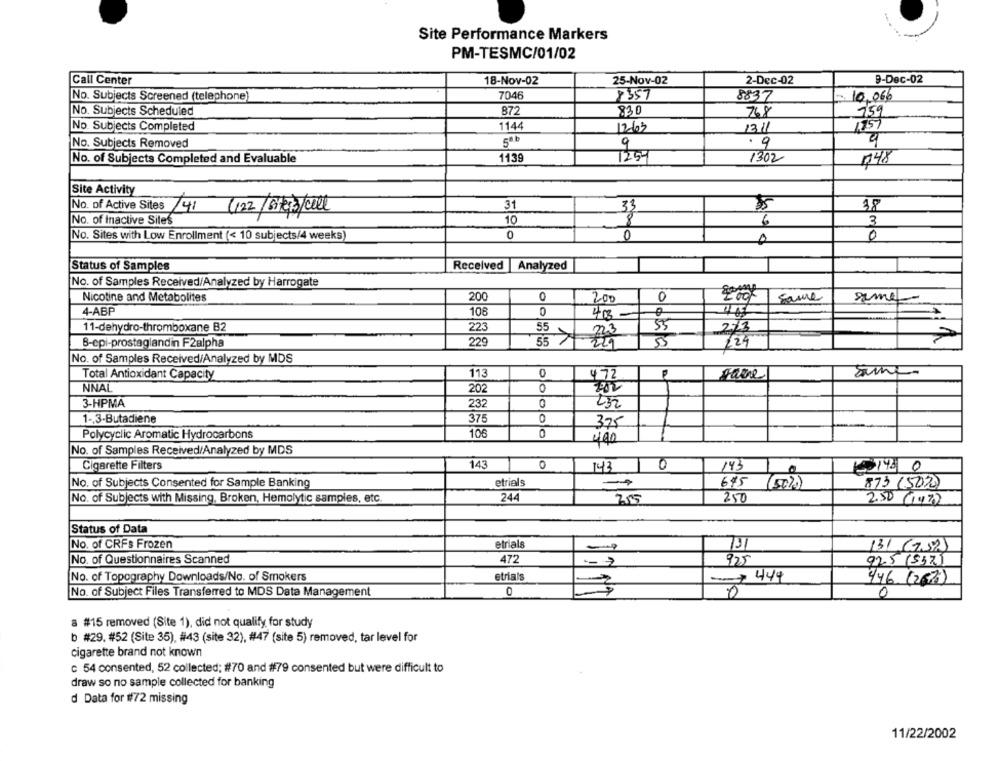
Site Performance Markers
PM-TESMC/01/02
Call Center
18-Nov-02
25-Nov-02
2-Dec-02
9-Dec-02
No. Subjects Screened (telephone)
7046
8357
8837
10.066
No. Subjects Scheduled
872
830
768
159
No. Subjects Completed
1144
1263
1311
No. Subjects Removed
5ª*
9
. 9
No. of Subjects Completed and Evaluable
1139
125-
1302
748
Site Activity
31
33
38
No. of Inactive Siles
10
3
6
No. Sites with Low Enrollment (< 10 subjects/4 weeks
0
0
0
Status of Samples
Received Analyzed
No. of Samples Received/Analyzed by Harrogate
Nicotine and Metabolites
200
0
0
Sauce
200
seme
4-ABP
108
0
40-
11-dehydro-thromboxane B2
223
55
55
223
2/3
B-epi-prostaglandin F2alpha
229
55
7-229
224
No. of Samples Received/Analyzed by MDS
113
0
Total Antioxidant Capacity
472
pare
NNAL
0
202
3-HPMA
0
232
1-3-Butadiene
375
0
375
Polycyclic Aromatic Hydrocarbons
105
0
400
No. of Samples Received/Analyzed by MDS
143
Cigarette Filters
143
10
143
No. of Subjects Consented for Sample Banking
etrials
-
615 (50%)
873 (5020)
No. of Subjects with Missing, Broken, Hemolytic samples, etc.
244
255
250
250 (1472
Status of Data
No. of CRFs Frozen
etrials
131
131 (7.59)
No. of Questionnaires Scanned
472
925
925 (537)
No. of Topography Downloads/No. of Smokers
etrials
+ 444
446 (267)
No. of Subject Files Transferred to MDS Data Management
0
0
0
a #15 removed (Site 1), did not qualify for study
b #29. #52 (Site 35), #43 (site 32), #47 (site 5) removed, tar level for
cigarette brand not known
c 54 consented, 52 collected; #70 and #79 consented but were difficult to
draw so no sample collected for banking
d Data for #72 missing
11/22/2002